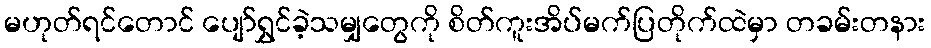
မဟုတ်ရင်တောင် ပျော်ရွှင်ခဲ့သမျှတွေကို စိတ်ကူးအိပ်မက်ပြတိုက်ထဲမှာ တခမ်းတနား